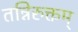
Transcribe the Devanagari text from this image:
तन्निरुक्तम्